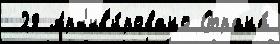
 28 Арх'ив'и́ровано Страна́